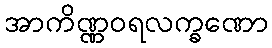
အာကိဏ္ဏဝရလက္ခဏော